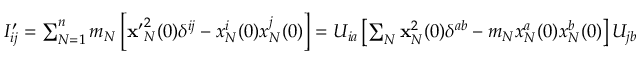
\begin{array} { r } { I _ { i j } ^ { \prime } = \sum _ { N = 1 } ^ { n } m _ { N } \left[ { \bf x ^ { \prime } } _ { N } ^ { 2 } ( 0 ) \delta ^ { i j } - x _ { N } ^ { i } ( 0 ) x _ { N } ^ { j } ( 0 ) \right] = U _ { i a } \left[ \sum _ { N } { \bf x } _ { N } ^ { 2 } ( 0 ) \delta ^ { a b } - m _ { N } x _ { N } ^ { a } ( 0 ) x _ { N } ^ { b } ( 0 ) \right] U _ { j b } = U _ { i a } I _ { a b } U _ { j b } , \quad \mathrm { ~ o ~ r ~ } \quad I ^ { \prime } = U I U ^ { T } . \quad } \end{array}